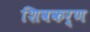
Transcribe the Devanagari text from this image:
शिवकर्ण